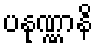
ပနုဏ္ဏာနိ